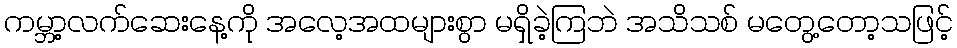
ကမ္ဘာ့လက်ဆေးနေ့ကို အလေ့အထများစွာ မရှိခဲ့ကြဘဲ အသိသစ် မတွေ့တော့သဖြင့်